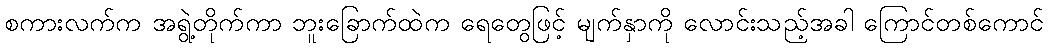
စကားလက်က အရွဲ့တိုက်ကာ ဘူးခြောက်ထဲက ရေတွေဖြင့် မျက်နှာကို လောင်းသည့်အခါ ကြောင်တစ်ကောင်